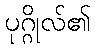
ပုဂ္ဂိုလ်၏